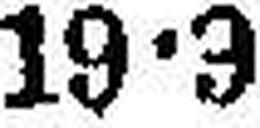
19•3